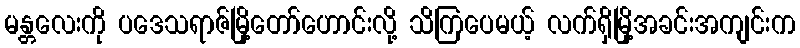
မန္တလေးကို ပဒေသရာဇ်မြို့တော်ဟောင်းလို့ သိကြပေမယ့် လက်ရှိမြို့အခင်းအကျင်းက